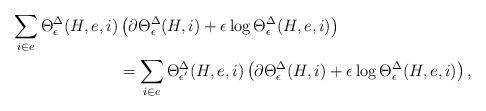
LaTeX: \begin{align*}\sum_{i \in e} \Theta^\Delta_\epsilon(H, e, i) &\left ( \partial \Theta^\Delta_{\epsilon}(H, i) + \epsilon \log \Theta^\Delta_{\epsilon}(H, e, i) \right ) \\&= \sum_{i \in e} \Theta^\Delta_{\epsilon'}(H, e, i) \left ( \partial \Theta^\Delta_{\epsilon}(H, i) + \epsilon \log \Theta^\Delta_{\epsilon}(H, e, i) \right ),\end{align*}